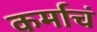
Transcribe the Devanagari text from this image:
कर्माचं